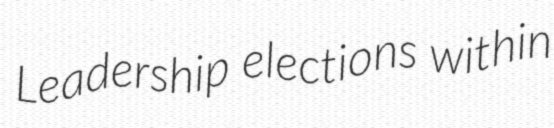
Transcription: Leadership elections within